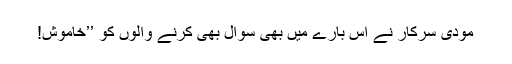
مودی سرکار نے اس بارے میں بھی سوال بھی کرنے والوں کو ’’خاموش!